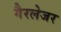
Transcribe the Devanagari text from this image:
गैरलेजर